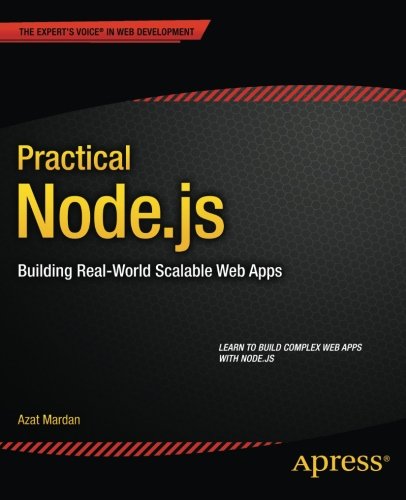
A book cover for Practical Node.js: Building Real-World Scalable Web Apps; Azat Mardan; Computers & Technology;